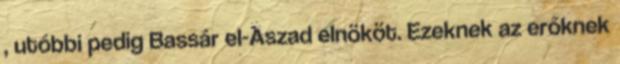
, utóbbi pedig Bassár el-Aszad elnököt. Ezeknek az erőknek